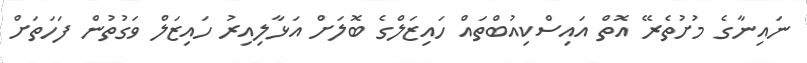
ނައިނާގެ މުށުތެރޭ އޮތް އައިސްކިއުބްތައް ހައިޒަލްގެ ބޮލަށް އަޅާލިއިރު ހައިޒަލް ވަގުތުން ފަހަތަށް